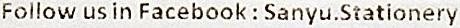
FOLLOW US IN FACEBOOK : SANYU.STATIONERY